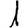
Digit: 1